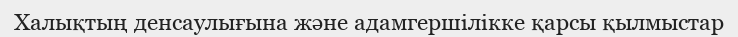
Халықтың денсаулығына және адамгершілікке қарсы қылмыстар